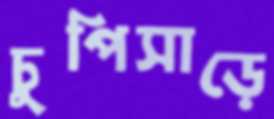
চুপিসাড়ে